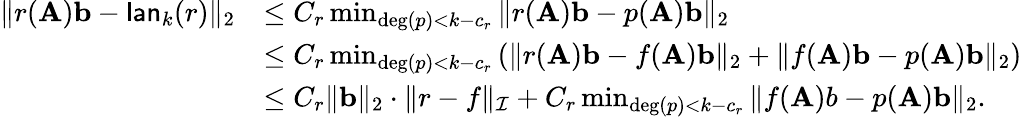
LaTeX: \begin{array}{rl}{\| r(\mathbf{A})\mathbf{b}-\mathsf{lan}_{k}(r)\| _{2}}&{\leq C_{r}\operatorname*{min}_{\deg(p)<k-c_{r}}\| r(\mathbf{A})\mathbf{b}-p(\mathbf{A})\mathbf{b}\| _{2}}\\ &{\leq C_{r}\operatorname*{min}_{\deg(p)<k-c_{r}}\left(\| r(\mathbf{A})\mathbf{b}-f(\mathbf{A})\mathbf{b}\| _{2}+\| f(\mathbf{A})\mathbf{b}-p(\mathbf{A})\mathbf{b}\| _{2}\right)}\\ &{\leq C_{r}\| \mathbf{b}\| _{2}\cdot\| r-f\| _{\mathcal I}+C_{r}\operatorname*{min}_{\deg(p)<k-c_{r}}\| f(\mathbf{A})b-p(\mathbf{A})\mathbf{b}\| _{2}.}\end{array}